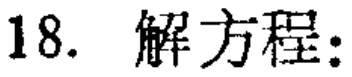
18. 解方程：